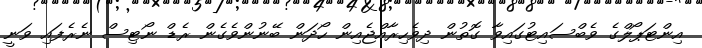
އިންޓަޕޯލްގެ ވެބްސައިޓުގައިވާ ގޮތުން ދިވެހިރާއްޖެއިން ހޯދަން ބޭނުންވެގެން ރެޑް ނޯޓިސް ނެރެފައި ވަނީ